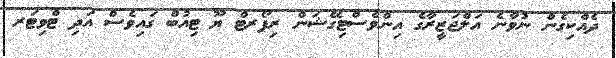
ދެއްކިގެން ނުވާނެ އަލްޖަޒީރާގެ އިންވެސްޓިގޭޝަން ރިޕޯރޓް ޔޫ ޓިއުބް ގައިވެސް އަދި ޓްވިޓަރ